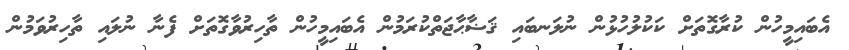
އެބައިމީހުން ކުރާގޮތަށް ކަކުލުހުޅުން ނުލަނބައި ޤަޟާޙާޖަތްކުރަމުން އެބައިމީހުން ތާހިރުވާގޮތަށް ފެނާ ނުލައި ތާހިރުވަމުން